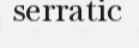
serratic